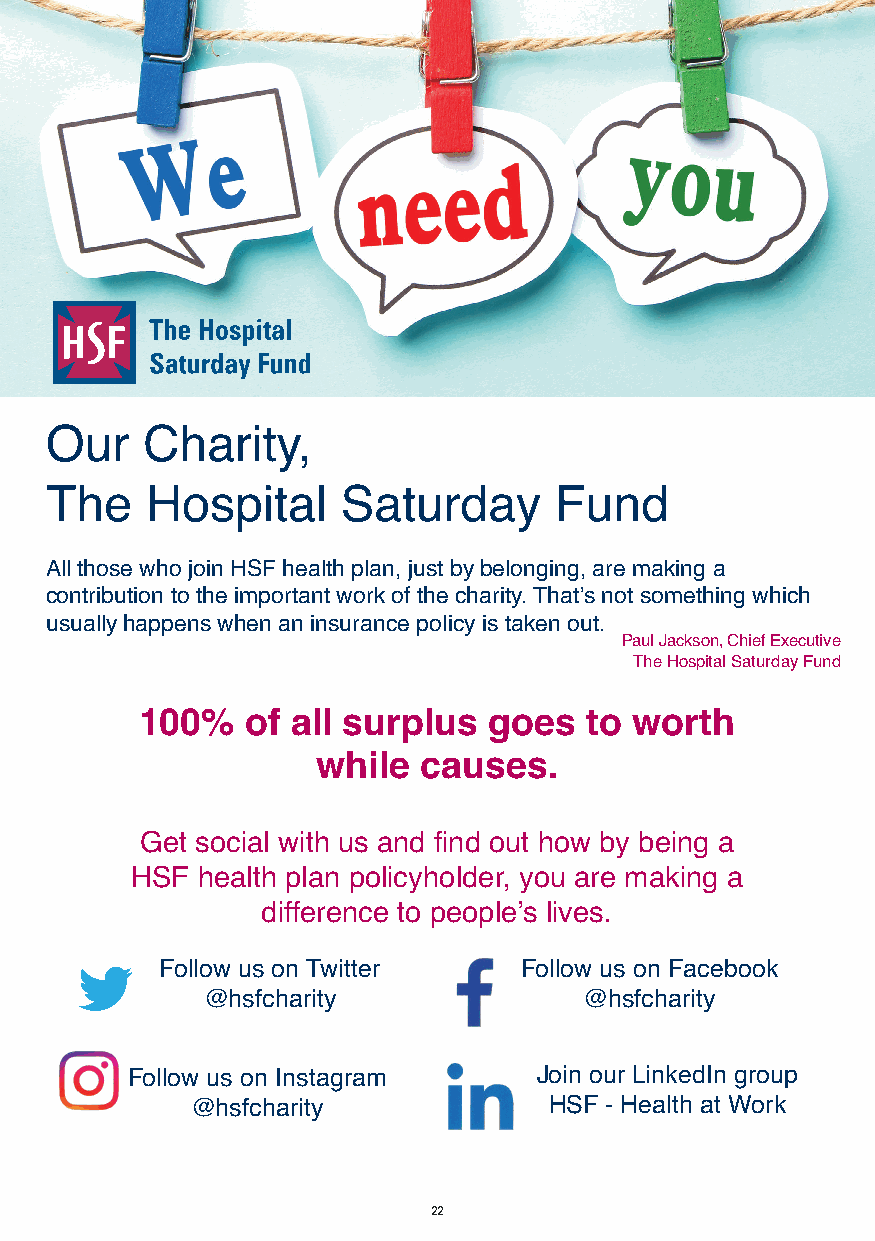
MD009 HSF UK Direct Full Brochure App Aug 2019.qxp_A5 brochure 09/08/2019 16:37 Page 22
 Our   Charity,
 The    Hospital    Saturday       Fund
 All those who join HSF health plan, just by belonging, are making a
 contribution to the important work of the charity. That’s not something which
 usually happens when an insurance policy is taken out.
 Paul Jackson, Chief Executive
 The Hospital Saturday Fund
 100%   of all surplus  goes   to worth
 while  causes.
 Get social with us and find out how by being a
 HSF health plan policyholder, you are making a
 difference to people’s lives.
 Follow us on Twitter    Follow us on Facebook
 @hsfcharity              @hsfcharity
 Follow us on Instagram     Join our LinkedIn group
 @hsfcharity            HSF - Health at Work
 22